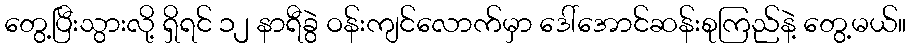
တွေ့ပြီးသွားလို့ ရှိရင် ၁၂ နာရီခွဲ ဝန်းကျင်လောက်မှာ ဒေါ်အောင်ဆန်းစုကြည်နဲ့ တွေ့မယ်။